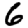
Digit: 6